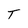
Character: T